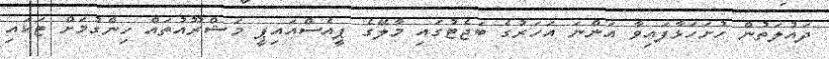
ދައުލަތުން ހުށަހަޅާފައިވާ އަންނަ އަހަރުގެ ބަޖެޓުގައި މާލޭގެ ޕީއެސްއައިޕީ މަޝްރޫއުތައް ހިންގުމަށް ޓަކައި